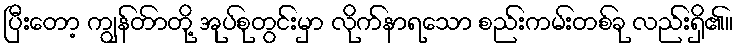
ပြီးတော့ ကျွန်တာ်တို့ အုပ်စုတွင်းမှာ လိုက်နာရသော စည်းကမ်းတစ်ခု လည်းရှိ၏။